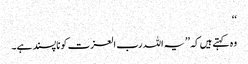
‘‘
وہ کہتے ہیں کہ ’’یہ اللہ رب العزت کو ناپسند ہے۔